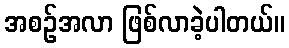
အစဉ်အလာ ဖြစ်လာခဲ့ပါတယ်။